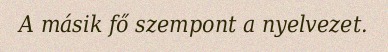
A másik fő szempont a nyelvezet.